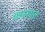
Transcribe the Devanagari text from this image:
थकानग्रस्त